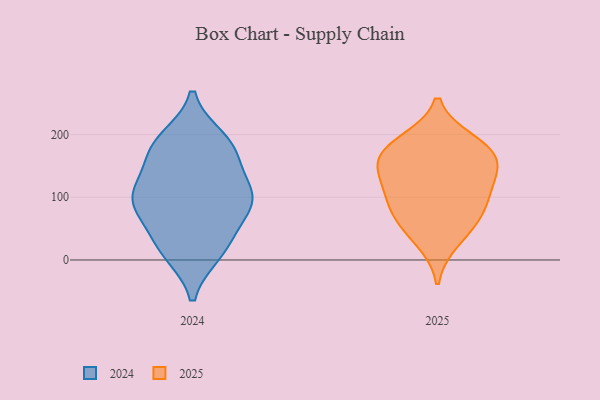
{"axis": {"x": "Latency (ms)", "y": "Value"}, "legend": ["2024", "2025"], "data": [{"x": "", "y": 108, "type": "2024"}, {"x": "", "y": 19, "type": "2024"}, {"x": "", "y": 13, "type": "2024"}, {"x": "", "y": 96, "type": "2024"}, {"x": "", "y": 100, "type": "2024"}, {"x": "", "y": 191, "type": "2024"}, {"x": "", "y": 106, "type": "2024"}, {"x": "", "y": 178, "type": "2024"}, {"x": "", "y": 175, "type": "2024"}, {"x": "", "y": 97, "type": "2024"}, {"x": "", "y": 74, "type": "2024"}, {"x": "", "y": 171, "type": "2024"}, {"x": "", "y": 29, "type": "2024"}, {"x": "", "y": 148, "type": "2025"}, {"x": "", "y": 143, "type": "2025"}, {"x": "", "y": 89, "type": "2025"}, {"x": "", "y": 168, "type": "2025"}, {"x": "", "y": 114, "type": "2025"}, {"x": "", "y": 106, "type": "2025"}, {"x": "", "y": 60, "type": "2025"}, {"x": "", "y": 185, "type": "2025"}, {"x": "", "y": 29, "type": "2025"}, {"x": "", "y": 161, "type": "2025"}, {"x": "", "y": 68, "type": "2025"}, {"x": "", "y": 190, "type": "2025"}]}